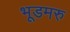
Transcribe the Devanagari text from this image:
भूडमरु